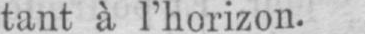
tant à l’horizon.